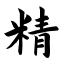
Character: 精